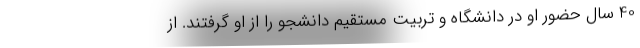
40 سال حضور او در دانشگاه و تربیت مستقیم دانشجو را از او گرفتند. از